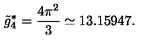
\tilde { g } _ { 4 } ^ { * } = \frac { 4 \pi ^ { 2 } } { 3 } \simeq 1 3 . 1 5 9 4 7 .